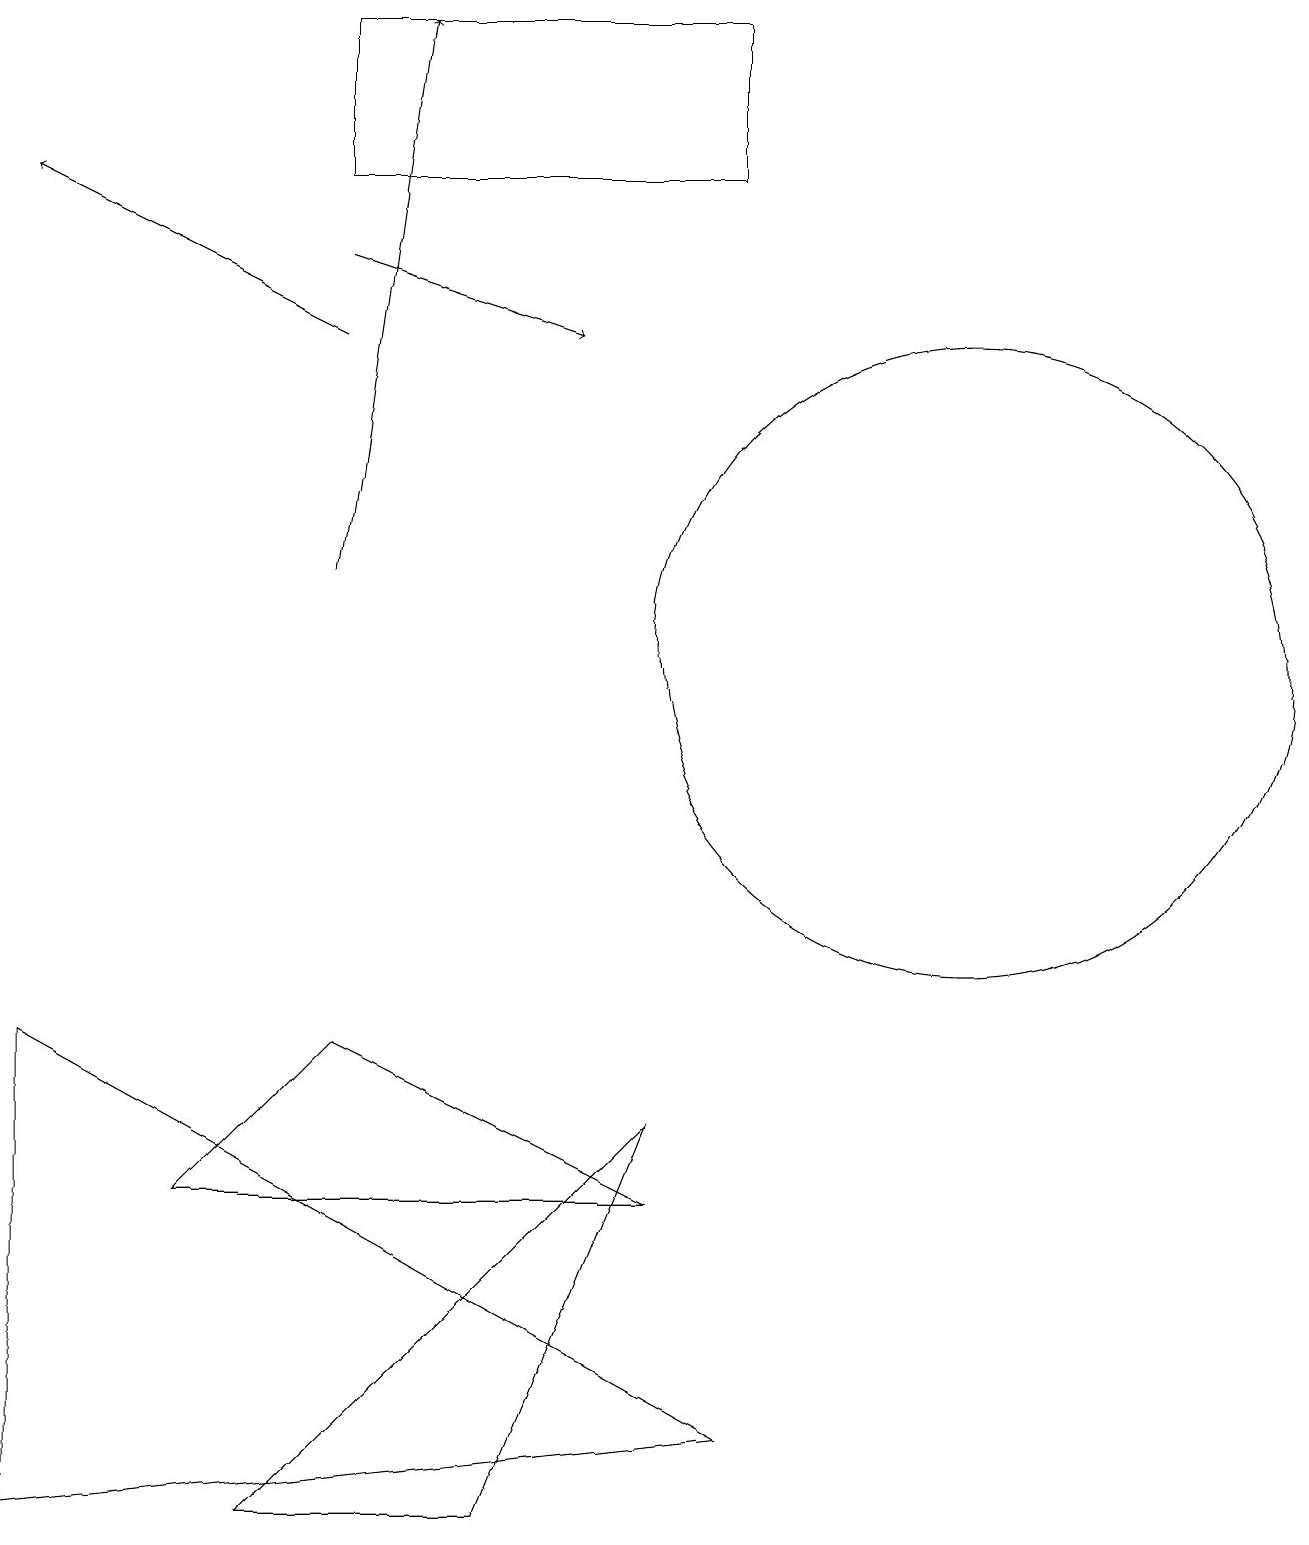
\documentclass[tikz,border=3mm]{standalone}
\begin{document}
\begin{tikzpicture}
\draw[->] (4,16) -- (7,15);
\draw[->] (4,15) -- (0,17);
\draw (12,11) circle (4);
\draw (9,19) rectangle (4,17);
\draw (4,6) -- (2,4) -- (8,4) -- cycle;
\draw[->] (4,12) -- (5,19);
\draw (3,0) -- (6,0) -- (8,5) -- cycle;
\draw (0,6) -- (9,1) -- (0,0) -- cycle;
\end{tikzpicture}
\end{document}